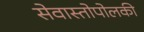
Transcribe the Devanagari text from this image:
सेवास्तोपोलकी